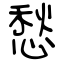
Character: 愁